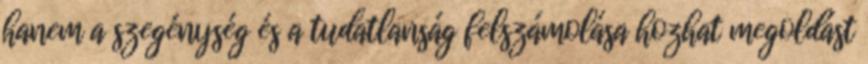
hanem a szegénység és a tudatlanság felszámolása hozhat megoldást